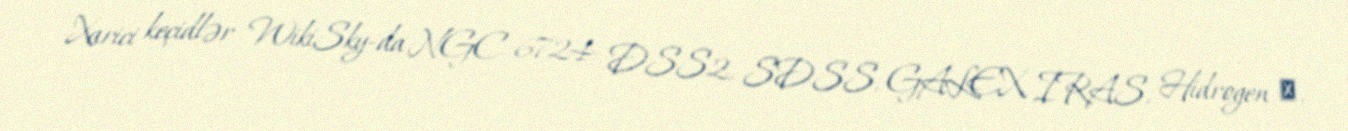
Xarici keçidlər WikiSky-da NGC 6724: DSS2, SDSS, GALEX, IRAS, Hidrogen α,